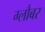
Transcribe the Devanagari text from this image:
ग्लौबर